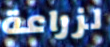
لزراعة